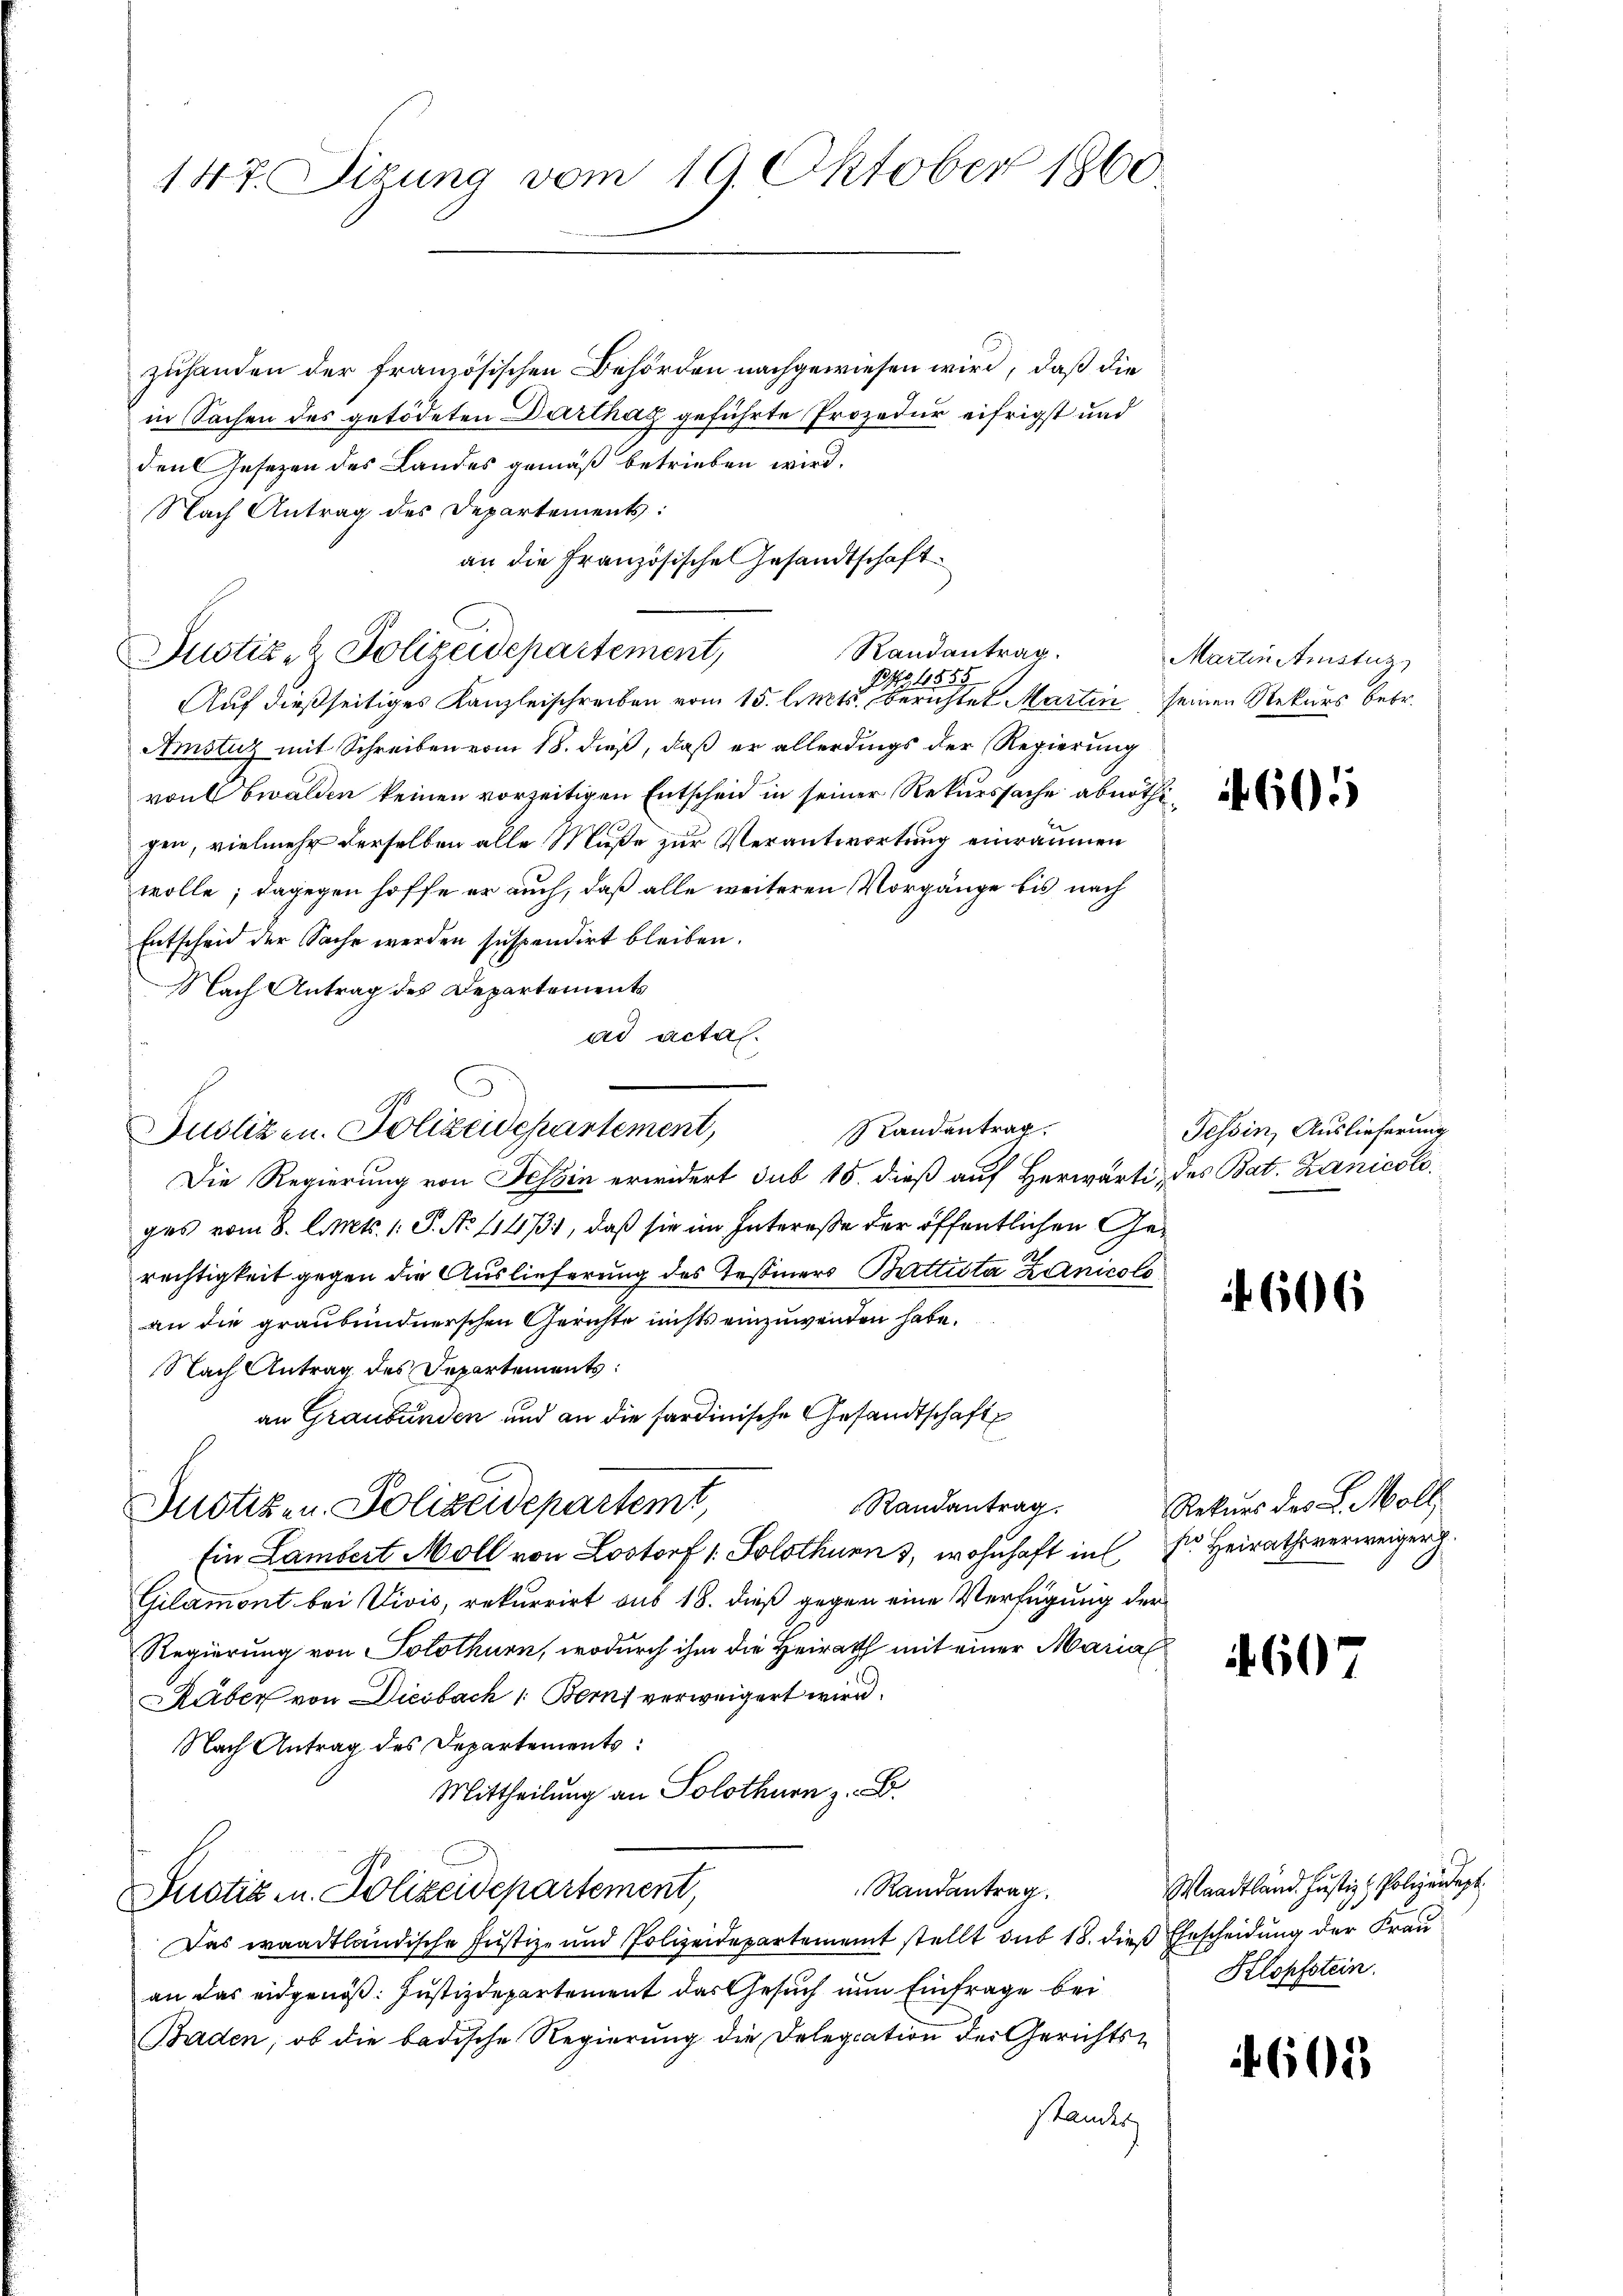
147. Sizung vom 19. Oktober 1860.

zuhanden der französischen Behörden nachgewiesen wird, daß die
in Sachen des getödeten Darthaz geführte Prozedur eifrigst und
den Gesetzen des Landes gemäß betrieben wird.
Nach Antrag des Departements:
an die Französische Gesandtschaft
Justiz- & Polizeidepartement,
Po. 4555
Auf dießseitiges Kanzleischreiben vom 15. letts berichtet Martin seinen Rekurs betr.
Amstuz mit Schreiben vom 18. dieß, daß er allerdings der Regierung
vonbwalden keinen vorzeitigen Entscheid in seiner Rekurssache abnöthihen, vielmehr derselben alle Muße zur Verantwortung einräumen
wolle; dagegen hoffe er auch, daß alle weiteren Vorgänge bis nach
Entscheid der Sache werden suspendirt bleiben.
Nach Antrag des Departements
ad acta.
Randantrag.
Die Regierung von Tessin erwidert sub 15. dieß auf Herwärti, des Bat. Zanicologes vom 8. Aprets. 1. P. No 11473, daß sie im Interesse der öffentlichen Gerechtigkeit gegen die Auslieferung des Tessiners Brettista Zanicolo
an die graubündnerschen Gerichte nichts einzuwenden habe.
Nach Antrag des Departements:
an Graubünden und an die sardinische Gesandtschaft
Randantrag.
Justizen. Polizeidepartemt,
Ein Lambert Moll von Lostorf 1. Solothurn, wohnhaft in der Heirathsverweiger
Gilamont bei Vivis, rekurrirt aus 18. dieß gegen eine Verfügung der
Regierung von Solothurn, wodurch ihm die Heirath mit einer Marial
Räber von Diesbach 1. Bern verweigert wird.
Nach Antrag des Departements:
Mittheilung an Solothurn z. B.
Randantrag.
Justiz u. Polizeidepartement,
Das waadtländische Justiz- und Polizeidepartement stellt du 18. dies Ehrscheidung der Frau
an das eidgenöß: Justizdepartement das Gesuch nun Einfrage bei
Baden, ob die badische Regierung die Delegiation der Gerichtsstandes

Justizen. Polizeidepartement,

Randantrag.

Martin Anstag

605

Tessin, Auslieferung

606

Rekurs des L. Möll

if 60

Waadtländ. Justiz & Polizeidept
Klopfstein.

4605.